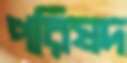
পরিষদ